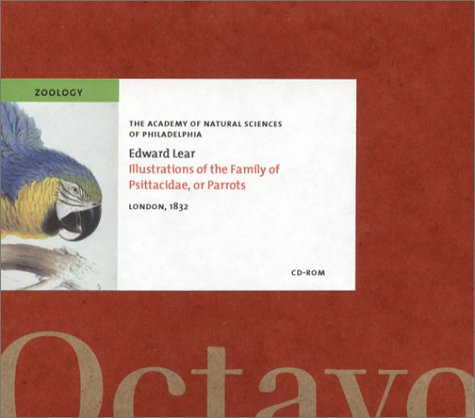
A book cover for Illustrations of the Family of Psittacidae, or Parrots; Edward Lear; Arts & Photography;